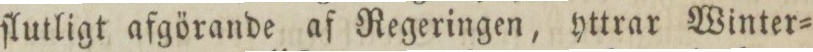
ſlutligt afgörande af Regeringen, yttrar Winter=